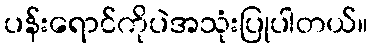
ပန်းရောင်ကိုပဲအသုံးပြုပါတယ်။